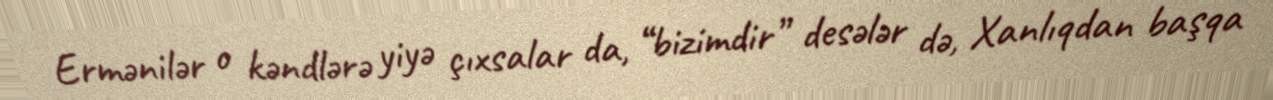
Ermənilər o kəndlərə yiyə çıxsalar da, “bizimdir” desələr də, Xanlıqdan başqa